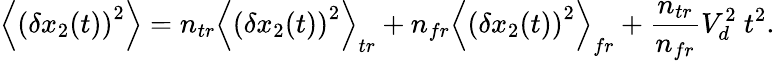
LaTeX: \left\langle\left(\delta x_{2}(t)\right)^{2}\right\rangle=n_{tr}\left\langle\left(\delta x_{2}(t)\right)^{2}\right\rangle_{tr}+n_{fr}\left\langle\left(\delta x_{2}(t)\right)^{2}\right\rangle_{fr}+\frac{n_{tr}}{n_{fr}}V_{d}^{2}\ t^{2}.